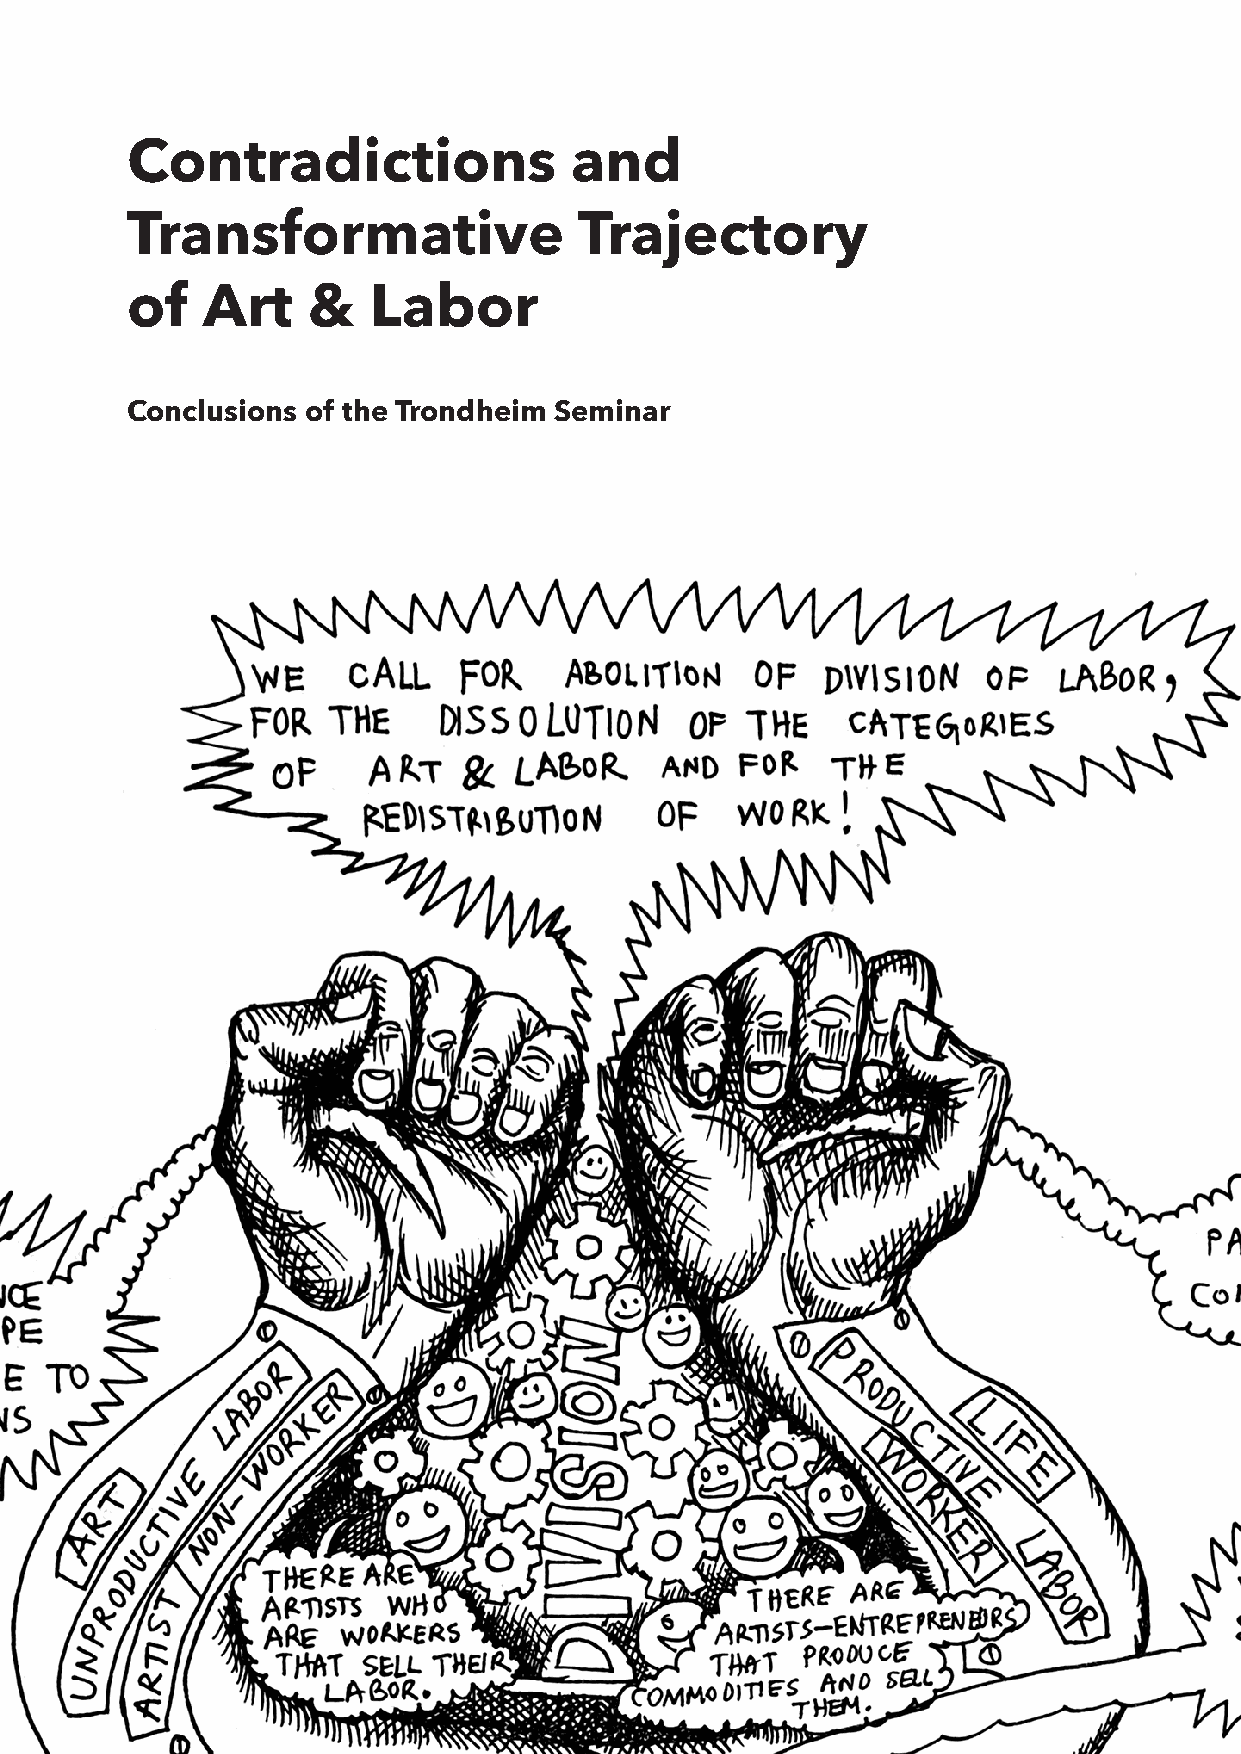
Contradictions                and
 Transformative                Trajectory
 of   Art    &   Labor
 Conclusions of the Trondheim Seminar